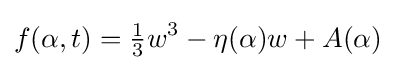
f(\alpha ,t)={\tfrac {1}{3}}w^{3}-\eta (\alpha )w+A(\alpha )